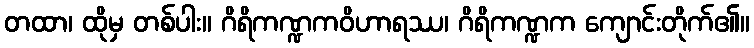
တထာ၊ ထိုမှ တစ်ပါး။ ဂိရိကဏ္ဍကဝိဟာရဿ၊ ဂိရိကဏ္ဍက ကျောင်းတိုက်၏။